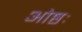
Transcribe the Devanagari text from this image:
ओष्ठः